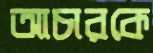
আচারকে